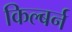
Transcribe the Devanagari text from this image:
किल्बर्न